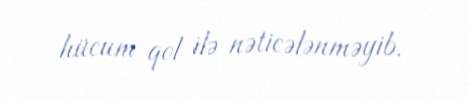
hücum qol ilə nəticələnməyib.